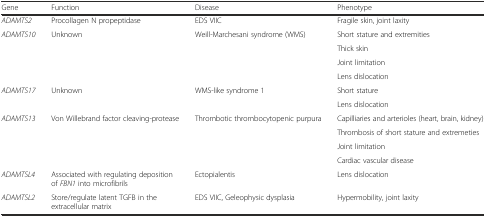
<table><thead><tr><td><b>Gene</b></td><td><b>Function</b></td><td><b>Disease</b></td><td><b>Phenotype</b></td></tr></thead><tbody><tr><td><i>ADAMTS2</i></td><td>Procollagen N propeptidase</td><td>EDS VIIC</td><td>Fragile skin, joint laxity</td></tr><tr><td rowspan="4"><i>ADAMTS10</i></td><td rowspan="4">Unknown</td><td rowspan="4">Weill-Marchesani syndrome (WMS)</td><td>Short stature and extremities</td></tr><tr><td>Thick skin</td></tr><tr><td>Joint limitation</td></tr><tr><td>Lens dislocation</td></tr><tr><td rowspan="2"><i>ADAMTS17</i></td><td rowspan="2">Unknown</td><td rowspan="2">WMS-like syndrome 1</td><td>Short stature</td></tr><tr><td>Lens dislocation</td></tr><tr><td rowspan="4"><i>ADAMTS13</i></td><td rowspan="4">Von Willebrand factor cleaving-protease</td><td rowspan="4">Thrombotic thrombocytopenic purpura</td><td>Capilliaries and arterioles (heart, brain, kidney)</td></tr><tr><td>Thrombosis of short stature and extremeties</td></tr><tr><td>Joint limitation</td></tr><tr><td>Cardiac vascular disease</td></tr><tr><td><i>ADAMTSL4</i></td><td>Associated with regulating deposition of <i>FBN1</i> into microfibrils</td><td>Ectopialentis</td><td>Lens dislocation</td></tr><tr><td><i>ADAMTSL2</i></td><td>Store/regulate latent TGFB in the extracellular matrix</td><td>EDS VIIC, Geleophysic dysplasia</td><td>Hypermobility, joint laxity</td></tr></tbody></table>